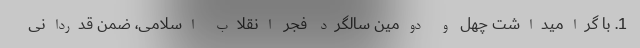
1. با گرامیداشت چهل و دومین سالگرد فجر انقلاب اسلامی، ضمن قدردانی